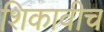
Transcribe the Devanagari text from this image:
शिकावीच